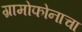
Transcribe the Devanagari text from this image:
ग्रामोफोनाचा